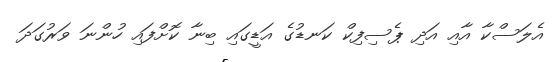
އެލަސްކާ އާއި އަދި ޕެސިފިކް ކަނޑުގެ އަޑީގައި ބިނާ ކޮށްފައި ހުންނަ ވަރުގަދަ